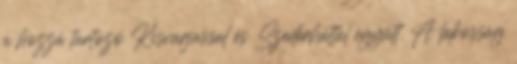
a hozzá tartozó Kisvarjassal és Szederháttal együtt. A lakosság